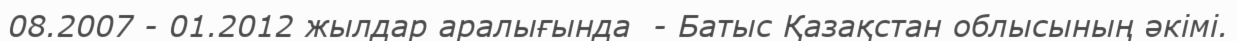
08.2007 - 01.2012 жылдар аралығында  - Батыс Қазақстан облысының әкімі.